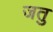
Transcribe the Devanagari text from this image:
जतु